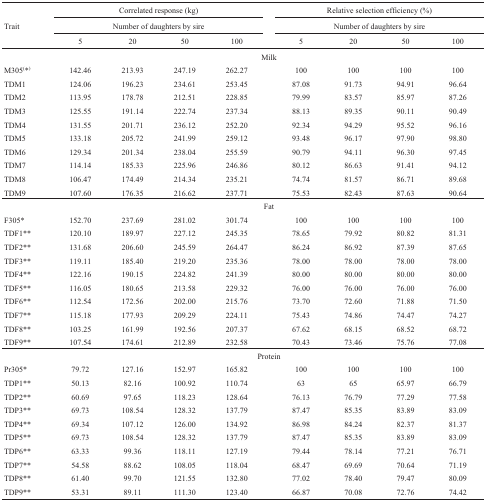
<table><thead><tr><td></td><td colspan="4"><b>Correlated response (kg) </b></td><td></td><td colspan="4"><b>Relative selection efficiency (%) </b></td></tr><tr><td><b>Trait</b></td><td colspan="4"><b>Number of daughters by sire </b></td><td></td><td colspan="4"><b>Number of daughters by sire </b></td></tr><tr><td></td><td><b>5</b></td><td><b>20</b></td><td><b>50</b></td><td><b>100</b></td><td></td><td><b>5</b></td><td><b>20</b></td><td><b>50</b></td><td><b>100</b></td></tr></thead><tbody><tr><td></td><td colspan="9">Milk</td></tr><tr><td>M305<sup>(</sup>*<sup>)</sup></td><td>142.46</td><td>213.93</td><td>247.19</td><td>262.27</td><td></td><td>100</td><td>100</td><td>100</td><td>100</td></tr><tr><td>TDM1</td><td>124.06</td><td>196.23</td><td>234.61</td><td>253.45</td><td></td><td>87.08</td><td>91.73</td><td>94.91</td><td>96.64</td></tr><tr><td>TDM2</td><td>113.95</td><td>178.78</td><td>212.51</td><td>228.85</td><td></td><td>79.99</td><td>83.57</td><td>85.97</td><td>87.26</td></tr><tr><td>TDM3</td><td>125.55</td><td>191.14</td><td>222.74</td><td>237.34</td><td></td><td>88.13</td><td>89.35</td><td>90.11</td><td>90.49</td></tr><tr><td>TDM4</td><td>131.55</td><td>201.71</td><td>236.12</td><td>252.20</td><td></td><td>92.34</td><td>94.29</td><td>95.52</td><td>96.16</td></tr><tr><td>TDM5</td><td>133.18</td><td>205.72</td><td>241.99</td><td>259.12</td><td></td><td>93.48</td><td>96.17</td><td>97.90</td><td>98.80</td></tr><tr><td>TDM6</td><td>129.34</td><td>201.34</td><td>238.04</td><td>255.59</td><td></td><td>90.79</td><td>94.11</td><td>96.30</td><td>97.45</td></tr><tr><td>TDM7</td><td>114.14</td><td>185.33</td><td>225.96</td><td>246.86</td><td></td><td>80.12</td><td>86.63</td><td>91.41</td><td>94.12</td></tr><tr><td>TDM8</td><td>106.47</td><td>174.49</td><td>214.34</td><td>235.21</td><td></td><td>74.74</td><td>81.57</td><td>86.71</td><td>89.68</td></tr><tr><td>TDM9</td><td>107.60</td><td>176.35</td><td>216.62</td><td>237.71</td><td></td><td>75.53</td><td>82.43</td><td>87.63</td><td>90.64</td></tr><tr><td></td><td colspan="9">Fat</td></tr><tr><td>F305*</td><td>152.70</td><td>237.69</td><td>281.02</td><td>301.74</td><td></td><td>100</td><td>100</td><td>100</td><td>100</td></tr><tr><td>TDF1**</td><td>120.10</td><td>189.97</td><td>227.12</td><td>245.35</td><td></td><td>78.65</td><td>79.92</td><td>80.82</td><td>81.31</td></tr><tr><td>TDF2**</td><td>131.68</td><td>206.60</td><td>245.59</td><td>264.47</td><td></td><td>86.24</td><td>86.92</td><td>87.39</td><td>87.65</td></tr><tr><td>TDF3**</td><td>119.11</td><td>185.40</td><td>219.20</td><td>235.36</td><td></td><td>78.00</td><td>78.00</td><td>78.00</td><td>78.00</td></tr><tr><td>TDF4**</td><td>122.16</td><td>190.15</td><td>224.82</td><td>241.39</td><td></td><td>80.00</td><td>80.00</td><td>80.00</td><td>80.00</td></tr><tr><td>TDF5**</td><td>116.05</td><td>180.65</td><td>213.58</td><td>229.32</td><td></td><td>76.00</td><td>76.00</td><td>76.00</td><td>76.00</td></tr><tr><td>TDF6**</td><td>112.54</td><td>172.56</td><td>202.00</td><td>215.76</td><td></td><td>73.70</td><td>72.60</td><td>71.88</td><td>71.50</td></tr><tr><td>TDF7**</td><td>115.18</td><td>177.93</td><td>209.29</td><td>224.11</td><td></td><td>75.43</td><td>74.86</td><td>74.47</td><td>74.27</td></tr><tr><td>TDF8**</td><td>103.25</td><td>161.99</td><td>192.56</td><td>207.37</td><td></td><td>67.62</td><td>68.15</td><td>68.52</td><td>68.72</td></tr><tr><td>TDF9**</td><td>107.54</td><td>174.61</td><td>212.89</td><td>232.58</td><td></td><td>70.43</td><td>73.46</td><td>75.76</td><td>77.08</td></tr><tr><td></td><td colspan="9">Protein</td></tr><tr><td>Pr305*</td><td>79.72</td><td>127.16</td><td>152.97</td><td>165.82</td><td></td><td>100</td><td>100</td><td>100</td><td>100</td></tr><tr><td>TDP1**</td><td>50.13</td><td>82.16</td><td>100.92</td><td>110.74</td><td></td><td>63</td><td>65</td><td>65.97</td><td>66.79</td></tr><tr><td>TDP2**</td><td>60.69</td><td>97.65</td><td>118.23</td><td>128.64</td><td></td><td>76.13</td><td>76.79</td><td>77.29</td><td>77.58</td></tr><tr><td>TDP3**</td><td>69.73</td><td>108.54</td><td>128.32</td><td>137.79</td><td></td><td>87.47</td><td>85.35</td><td>83.89</td><td>83.09</td></tr><tr><td>TDP4**</td><td>69.34</td><td>107.12</td><td>126.00</td><td>134.92</td><td></td><td>86.98</td><td>84.24</td><td>82.37</td><td>81.37</td></tr><tr><td>TDP5**</td><td>69.73</td><td>108.54</td><td>128.32</td><td>137.79</td><td></td><td>87.47</td><td>85.35</td><td>83.89</td><td>83.09</td></tr><tr><td>TDP6**</td><td>63.33</td><td>99.36</td><td>118.11</td><td>127.19</td><td></td><td>79.44</td><td>78.14</td><td>77.21</td><td>76.71</td></tr><tr><td>TDP7**</td><td>54.58</td><td>88.62</td><td>108.05</td><td>118.04</td><td></td><td>68.47</td><td>69.69</td><td>70.64</td><td>71.19</td></tr><tr><td>TDP8**</td><td>61.40</td><td>99.70</td><td>121.55</td><td>132.80</td><td></td><td>77.02</td><td>78.40</td><td>79.47</td><td>80.09</td></tr><tr><td>TDP9**</td><td>53.31</td><td>89.11</td><td>111.30</td><td>123.40</td><td></td><td>66.87</td><td>70.08</td><td>72.76</td><td>74.42</td></tr></tbody></table>